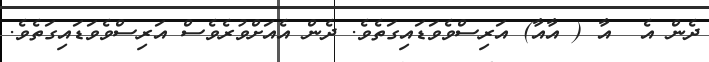
ދެން އެ  އާ ( އާއާ) އަރިސްވެވަޑައިގަތެވެ. ދެން އެއަށްވުރެވެސް އަރިސްވެވަޑައިގަތެވެ.